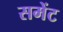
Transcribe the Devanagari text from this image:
समेंट